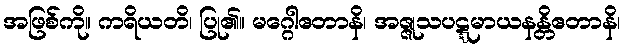
အဖြစ်ကို။ ကရိယတိ၊ ပြု၏။ မဂ္ဂေါဧတာနိ၊ အဇ္ဇုသပဋ္ဋမာယနန္တိဧတာနိ၊